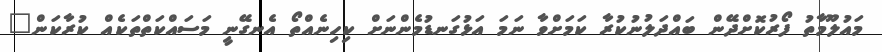
މައުލޫމާތު ފޯރުކޮށްދޭން ބައްދަލުނުކުރާ ކަމަށްވާ ނަމަ އަޅުގަނޑުމެންނަށް ކިހިނެއްތޯ އެނގޭނީ މަސައްކަތްތަކެއް ކުރާކަން"